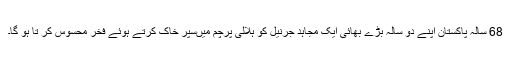
68 سالہ پاکستان اپنے دو سالہ بڑے بھائی ایک مجاہد جرنیل کو ہلالی پرچم میںسپر خاک کرتے ہوئے فخر محسوس کر تا ہو گا۔